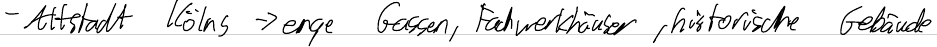
- Altstadt Kölns -> enge Gassen, Fachwerkhäuser, historische Gebäude